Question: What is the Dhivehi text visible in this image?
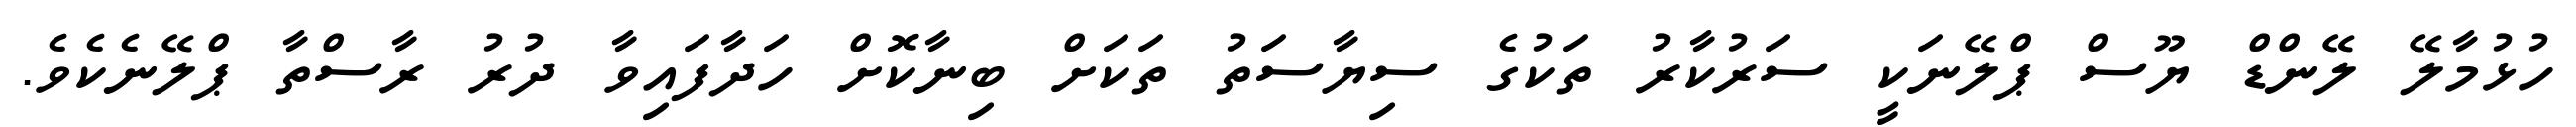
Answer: ހުޅުމާލޭ ލޭންޑް ޔޫސް ޕްލޭނަކީ ސަރުކާރު ތަކުގެ ސިޔާސަތު ތަކަށް ބިނާކޮށް ހަދާފައިވާ ދުރު ރާސްތާ ޕްލޭނެކެވެ.